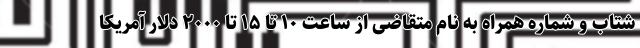
شتاب و شماره همراه به نام متقاضی از ساعت ۱۰ تا ۱۵ تا ۲۰۰۰ دلار آمریکا